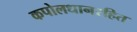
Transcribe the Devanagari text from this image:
कपोलधानरहित